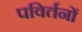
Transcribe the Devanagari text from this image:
पविर्तनों